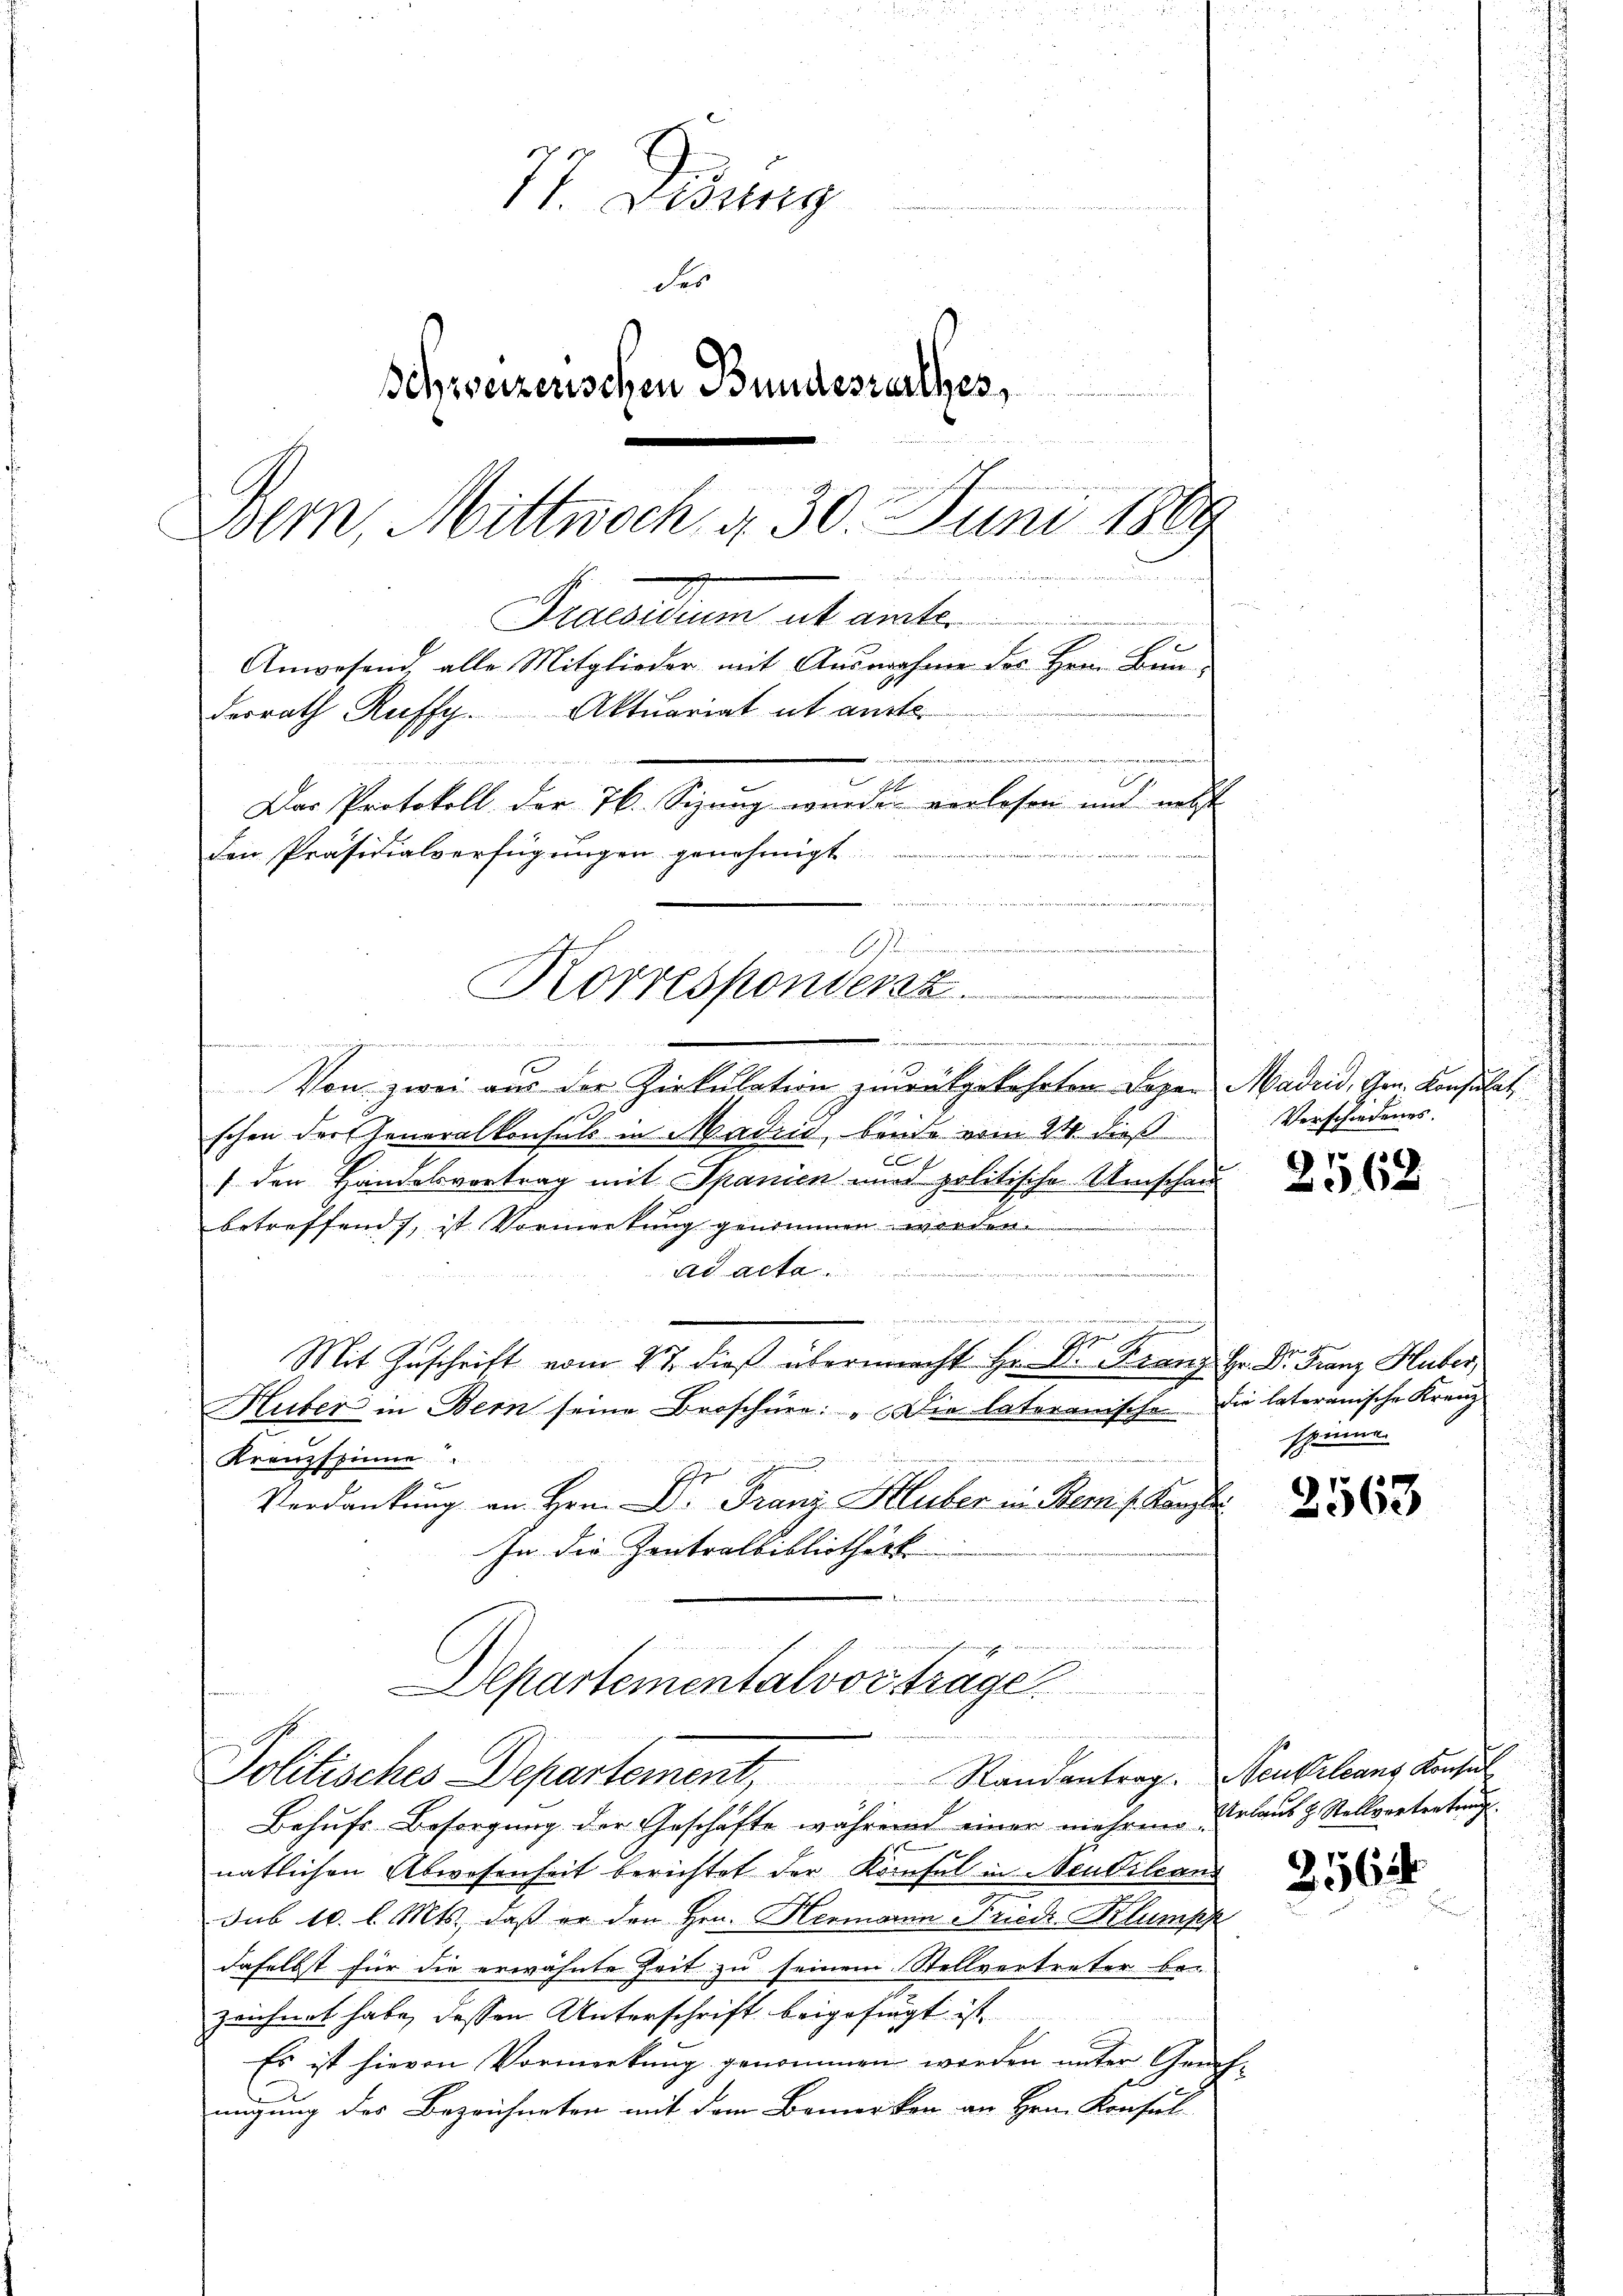
77. Didung
des
Schweizerischen Bundesrathes,

Bern, Mittwoch d. 30. Juni 1889
u
Praedium alt unter
Anwesend, alle Mitglieder mit Ausnahme des Herrn Bunderrath Ruffg. Aktuariat ut anste
e
u
d
A
Das Protokoll der 76. Sizung wurden verlesen und nebst
den Präsidialverfügungen genehmigt.

1.
Korresponsent.
 vege
n werdenen an des

J

Von zwei aus der Zirkulation zurückgekehrten Lager Madrid, Hrn. Konsulat
schon der Generalkonsuls in Madin, beide vom 24. dieß
/ den Handelsvortrag mit Spanien und politische Umschaubetreffend, ist Vormerkung genommen werden.
ad acta.
e
e
G.
Mit Zuschrift vom 27. dieß übermacht Hr. Dr. Franz Hr. Dr. Franz Huber,
Huber in Bern seine Broschüre: „Die lateramische die lateramische Kreuz¬
Kreuzspinne
b
Verdankung an Hrn. Dr. Franz Huber in Benis. Kanzle
In die Zentralbibliotheck
n

Departementalvorträge
Politisches Departement, Randantrag. Benkeleans Konsul

Behufs Besorgung der Geschäfte während einer mehren Urlaub & Stellvertretung
1
natlichen Abwesenheit berichtet der Konsul in Neuvilcand
sub 10. l. Mts., daß er den Hrn. Hermann Friedi-Klumpp
daselbst für die erwähnte Zeit zu seinem Stellvertreter be-
zeichnet habe, dessen Unterschrift beigefügt ist.
Es ist hievon Vormerkung genommen werden unter Gerichmigung des Bezeichneten mit dem Bemerken an Hrn. Konsul

Verschiedenes.

2562

spinne.

2563

35624.